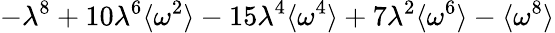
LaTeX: -\lambda^{8}+10\lambda^{6}\langle\omega^{2}\rangle-15\lambda^{4}\langle\omega^{4}\rangle+7\lambda^{2}\langle\omega^{6}\rangle-\langle\omega^{8}\rangle